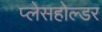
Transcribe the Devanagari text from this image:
प्लेसहोल्डर